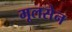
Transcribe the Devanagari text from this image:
मूलसेन